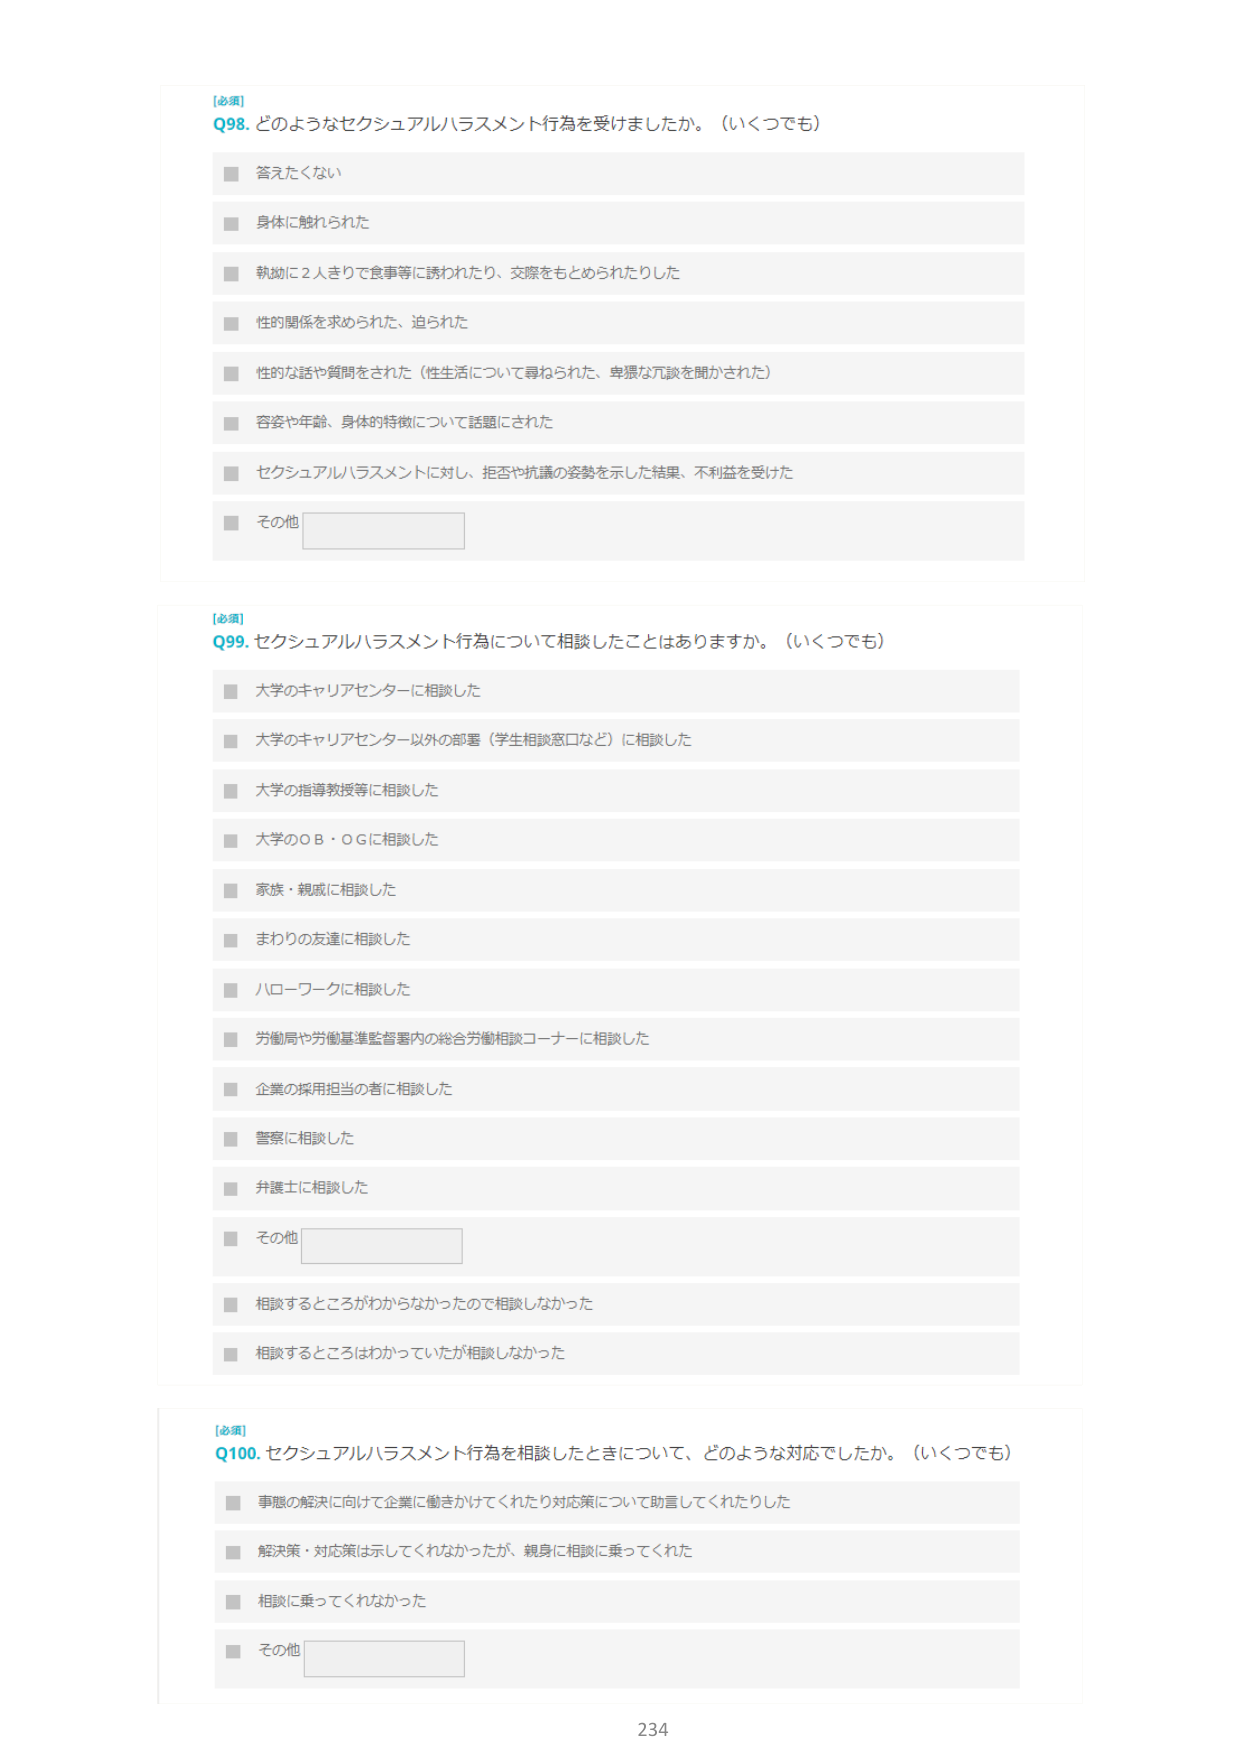
[必須]
Q98. どのようなセクシャルハラスメント行為を受けましたか。（いくつでも）
■ 答えたくない
■ 身体に触られた
■ 執拗に2人きりで食事等に誘われたり、交際をもとめられたりした
■ 性的関係を求められた、迫られた
■ 性的な話や質問をされた（性生活について尋ねられた、卑猥な冗談を聞かされた）
■ 容姿や年齢、身体的特徴について話題にされた
■ セクシャルハラスメントに対し、拒否や抗議の姿勢を示した結果、不利益を受けた
■ その他

[必須]
Q99. セクシャルハラスメント行為について相談したことはありますか。（いくつでも）
■ 大学のキャリアセンターに相談した
■ 大学のキャリアセンター以外の部署（学生相談窓口など）に相談した
■ 大学の指導教授等に相談した
■ 大学のＯＢ・ＯＧに相談した
■ 家族・親戚に相談した
■ まわりの友達に相談した
■ ハローワークに相談した
■ 労働局や労働基準監督署内の総合労働相談コーナーに相談した
■ 企業の採用担当の者に相談した
■ 警察に相談した
■ 弁護士に相談した
■ その他
■ 相談するところがわからなかったので相談しなかった
■ 相談するところはわかっていたが相談しなかった

[必須]
Q100. セクシャルハラスメント行為を相談したときについて、どのような対応でしたか。（いくつでも）
■ 事態の解決に向けて企業に働きかけてくれたり対応策について助言してくれたりした
■ 解決策・対応策は示してくれなかったが、親身に相談に乗ってくれた
■ 相談に乗ってくれなかった
■ その他

234